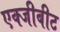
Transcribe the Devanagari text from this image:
एक्जीबीट